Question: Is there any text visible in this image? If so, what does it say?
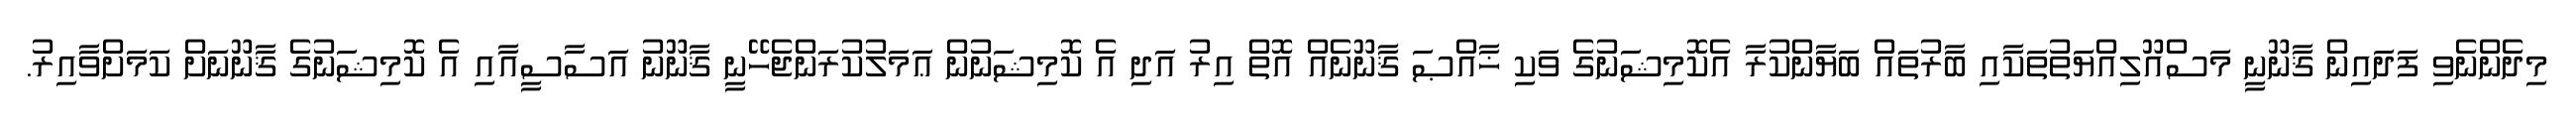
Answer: މިދެންނެވި ފަދައިން ޤާނޫނީ މަސްއޫލިއްޔަތުތަކާއި ބާރުތައް ބަޔާންކުރާ އެކޮމިޝަނުގެ ވަކި ޚާއްޞަ ޤާނޫނެއް އޮތް އިރު އަދި އެ ކޮމިޝަނުން ޢަމަލުކުރަންޖެހޭނީ ޤާނޫނު އަސާސީއާއި އެ ކޮމިޝަނުގެ ޤާނޫނަށް ކަމަށްވާއިރު.